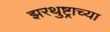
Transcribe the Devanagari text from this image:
झरथुष्ट्राच्या